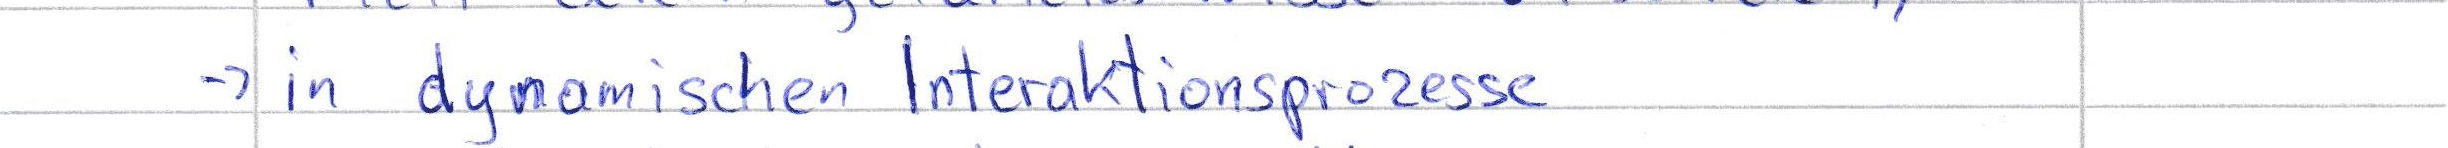
-> in dynamischen Interaktionsprozesse